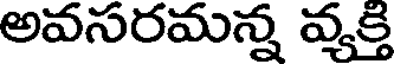
అవసరమన్న వ్యక్తి